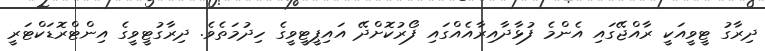
ދިރާގު ޓީވީއަކީ ރާއްޖޭގައި އެންމެ ފުޅާދާއިރާއެއްގައި ފޯރުކޮށްދޭ އައިޕީޓީވީގެ ހިދުމަތެވެ. ދިރާގުޓީވީގެ އިންޓްރޮޑަކްޓަރީ